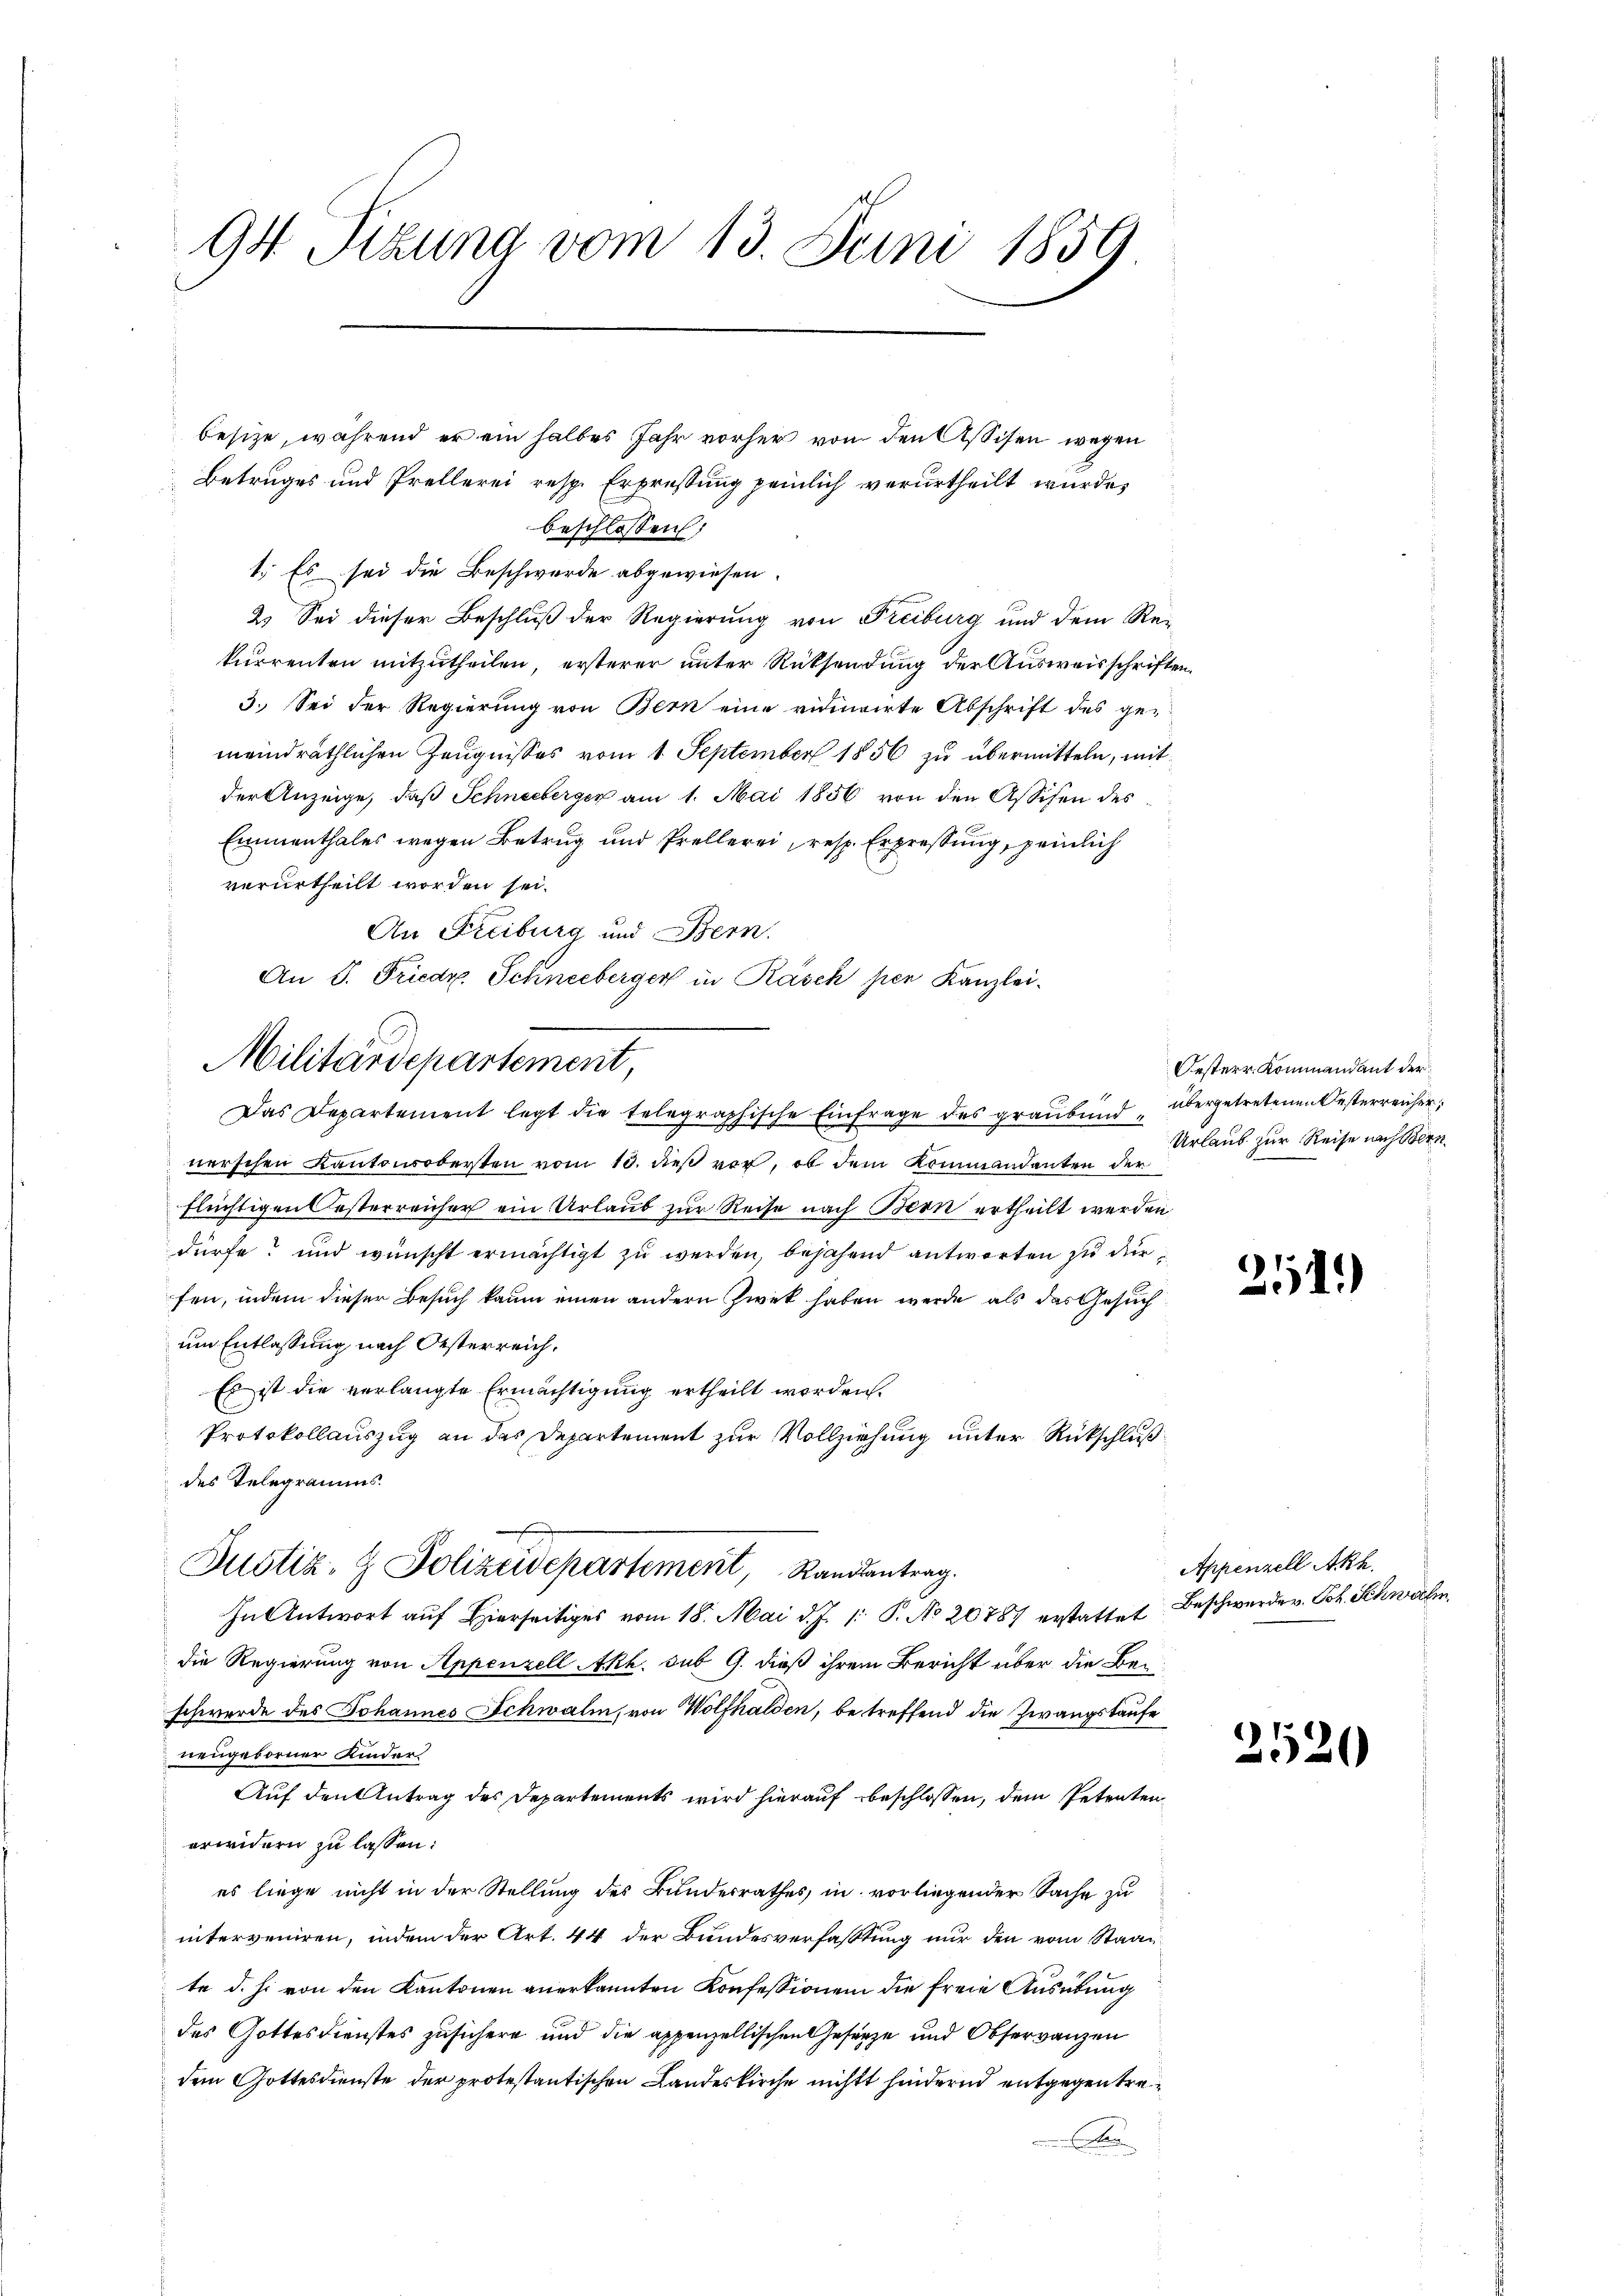
94 Sekung vom 13. Juni 1859

Betruges und Prellerei resp. Erpressung peinlich verurtheilt wurde,
beschlossen:
1. Es sei die Beschwerde abgewiesen.
2. Sei dieser Beschluß der Regierung von Freiburg und dem Re-
kurrenten mitzutheilen, ersterer unter Rücksendung der Ausweisschrift
3. Sei der Regierung von Bern eine viducirte Abschrift des gemeindräthlichen Zeugnisses vom 1. September 1856 zu übermitteln, mitder Anzeige, daß Schneeberger am 1. Mai 1856 von den Assisen des
Emmenthales wegen Betrug und Prellerei, resp. Erpressung, peinlich
verurtheilt worden sei.
An Freiburg und Bern.
An P. Friedr. Schneeberger in Rasch per Kanzlei-
Das Departement legt die telegraphische Einfrage des graubend übergetretenen Besterreicher,
nerschen Kantonsobersten vom 10. dieß vor, ob dem Kommandanten der
flüchtigen Oesterreicher ein Urlaub zur Reise nach Bern ertheilt werden
dürfe? und wünscht ermächtigt zu werden, bejahend antworten zu dürfen, indem dieser Besuch kaum einen andern Zwek haben werde, als das Gesuch
um Entlassung nach Oesterreich,
Es ist die verlangte Ermächtigung ertheilt worden.
Protokollauszug an das Departement zur Vollziehung unter Rückschluß
des Telegramms.
Justiz- & Polizeidepartement, Randantrag.
In Antwort auf Hierseitiges vom 18. Mai d. J. 1: P. No 20787 erstattet Beschwerden. Joh. Schweilen
die Regierung von Appenzell Akh. sub 9. dieß ihrem Bericht über die Be-
schwerde des Johannes Schwalm, von Wolfhalden, betreffend die Zwangskaufe
neugeborner Kinder
Auf den Antrag des Departements wird hierauf beschlossen, dem Petentenerwendern zu lassen:
es liege nicht in der Stellung des Bundesrathes, in vorliegender Sache zu
interveniren, indem der Art. 44 der Bundesverfassung nur den vom Staatte d. h. von den Kantonen anerkannten Konfessionen die freie Ausübung
des Gottesdienstes zusichern und die appenzellischen Gesetze und Observanzen
dem Gottesdienste der protestantischen Landeskirche nicht hindernd entgegentren

Militärdepartement,

besitze, während er ein halbes Jahr vorher von den Assisen wegen

d

Oesterr. Kommandant der
Urlaub zur Reise nach Bern

de

211)

Appenzell Akh.

2520